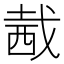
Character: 𧟭